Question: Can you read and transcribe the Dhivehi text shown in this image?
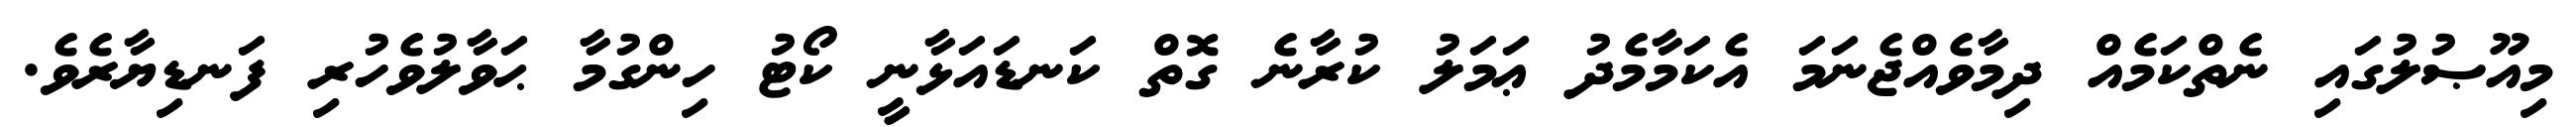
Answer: މިއޫޞުލުގައި ނެތްކަމެއް ދިމާވެއްޖެނަމަ އެކަމާމެދު ޢަމަލު ކުރާނެ ގޮތް ކަނޑައަޅާނީ ކޯޓު ހިންގުމާ ޙަވާލުވެހުރި ފަނޑިޔާރެވެ.